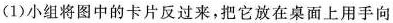
(1)小组将图中的卡片反过来，把它放在桌面上用手向